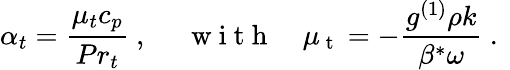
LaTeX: \alpha_{t}=\frac{{{\mu_{t}}{c_{p}}}}{{P{r_{t}}}}\mathrm{~,~}\quad\mathrm{~w~i~t~h~}\quad{\mu_{{\mathrm{~t~}}}}=-\frac{{{g^{\left(1\right)}}\rho k}}{{{\beta^{*}}\omega}}\mathrm{~.~}